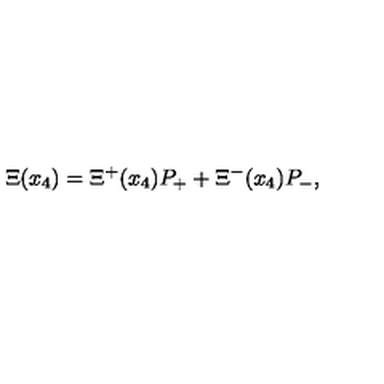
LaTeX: \Xi ( x _ { 4 } ) = \Xi ^ { + } ( x _ { 4 } ) P _ { + } + \Xi ^ { - } ( x _ { 4 } ) P _ { - } ,